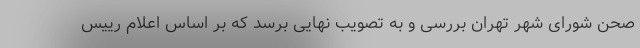
صحن شورای شهر تهران بررسی و به تصویب نهایی برسد که بر اساس اعلام رییس